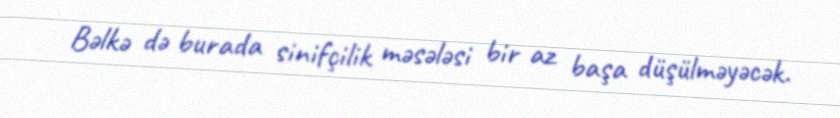
Bəlkə də burada sinifçilik məsələsi bir az başa düşülməyəcək.